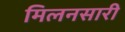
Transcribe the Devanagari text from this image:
मिलनसारी